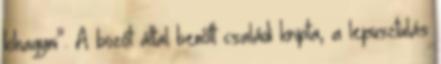
kihagyni”. A bozót által benőtt családi kripta, a lepusztulás